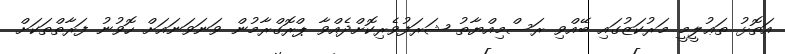
އަތޮޅު ތަޢުލީމީ މަރުކަޒުގައި ބޭއްވި ރަސްމިއްޔާތު ޝަރަފުވެރިކޮށްދެއްވާ ޕްރޮގްރާމުން ވަނަވަނައަށް ހޮވުނު ފަރާތްތަކަށް